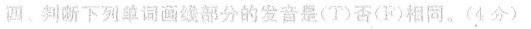
圆、判断下列单词画部分的发音是(T)否(F)相同。(4分)